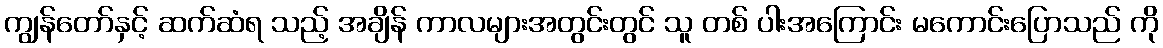
ကျွန်တော်နှင့် ဆက်ဆံရ သည့် အချိန် ကာလများအတွင်းတွင် သူ တစ် ပါးအကြောင်း မကောင်းပြောသည် ကို